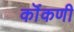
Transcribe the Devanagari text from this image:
कॊंकणी